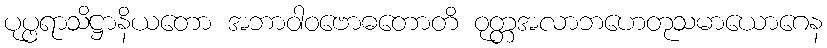
ပုပ္ဖရာသိဋ္ဌာနိယတော အဘာဝါဝဗောဓတောတိ ဝုတ္တအလာဘဟေတုသမာယောဂေန